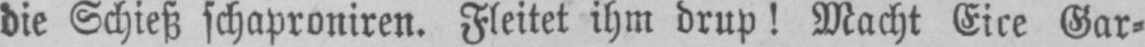
die Schieß schaproniren. Fleitet ihm drup! Macht Eire Gar⸗